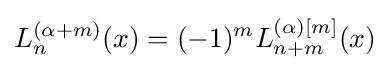
L_{n}^{(\alpha +m)}(x)=(-1)^{m}L_{n+m}^{(\alpha )[m]}(x)